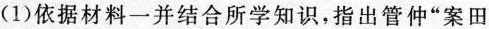
(1)依据材料一并结合所学知识，指出管仲”案田